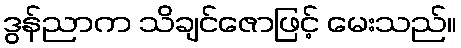
ဒွန်ညာက သိချင်ဇောဖြင့် မေးသည်။